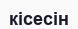
кісесін